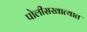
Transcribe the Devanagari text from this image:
पोलीसखात्यात